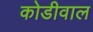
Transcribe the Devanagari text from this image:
कोडीवाल